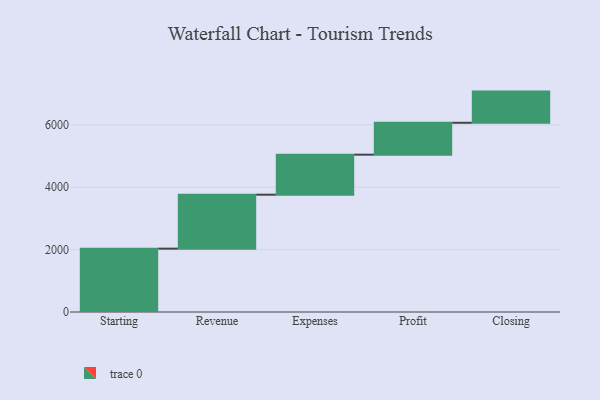
{"axis": {"x": "Step", "y": "Value"}, "legend": [""], "data": [{"x": "Starting", "y": 2032.0, "type": ""}, {"x": "Revenue", "y": 1730.0, "type": ""}, {"x": "Expenses", "y": 1283.0, "type": ""}, {"x": "Profit", "y": 1023.0, "type": ""}, {"x": "Closing", "y": 1000, "type": ""}]}